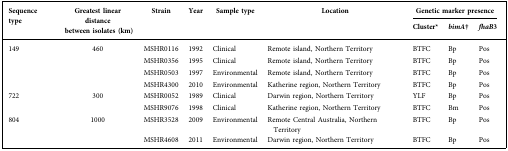
<table><thead><tr><td rowspan="2"><b>Sequence type</b></td><td rowspan="2"><b>Greatest linear distancebetween isolates (km)</b></td><td rowspan="2"><b>Strain</b></td><td rowspan="2"><b>Year</b></td><td rowspan="2"><b>Sample type</b></td><td rowspan="2"><b>Location</b></td><td colspan="3"><b>Genetic marker presence</b></td></tr><tr><td><b>Cluster*</b></td><td><b><i>bimA</i>†</b></td><td><b><i>fhaB</i>3</b></td></tr></thead><tbody><tr><td rowspan="4">149</td><td rowspan="4">460</td><td>MSHR0116</td><td>1992</td><td>Clinical</td><td>Remote island, Northern Territory</td><td>BTFC</td><td>Bp</td><td>Pos</td></tr><tr><td>MSHR0356</td><td>1995</td><td>Clinical</td><td>Remote island, Northern Territory</td><td>BTFC</td><td>Bp</td><td>Pos</td></tr><tr><td>MSHR0503</td><td>1997</td><td>Environmental</td><td>Remote island, Northern Territory</td><td>BTFC</td><td>Bp</td><td>Pos</td></tr><tr><td>MSHR4300</td><td>2010</td><td>Environmental</td><td>Katherine region, Northern Territory</td><td>BTFC</td><td>Bp</td><td>Pos</td></tr><tr><td rowspan="2">722</td><td rowspan="2">300</td><td>MSHR0052</td><td>1989</td><td>Clinical</td><td>Darwin region, Northern Territory</td><td>YLF</td><td>Bp</td><td>Pos</td></tr><tr><td>MSHR9076</td><td>1998</td><td>Clinical</td><td>Katherine region, Northern Territory</td><td>BTFC</td><td>Bm</td><td>Pos</td></tr><tr><td rowspan="2">804</td><td rowspan="2">1000</td><td>MSHR3528</td><td>2009</td><td>Environmental</td><td>Remote Central Australia, Northern Territory</td><td>BTFC</td><td>Bp</td><td>Pos</td></tr><tr><td>MSHR4608</td><td>2011</td><td>Environmental</td><td>Darwin region, Northern Territory</td><td>BTFC</td><td>Bp</td><td>Pos</td></tr></tbody></table>